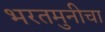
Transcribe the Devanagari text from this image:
भरतमुनीचा